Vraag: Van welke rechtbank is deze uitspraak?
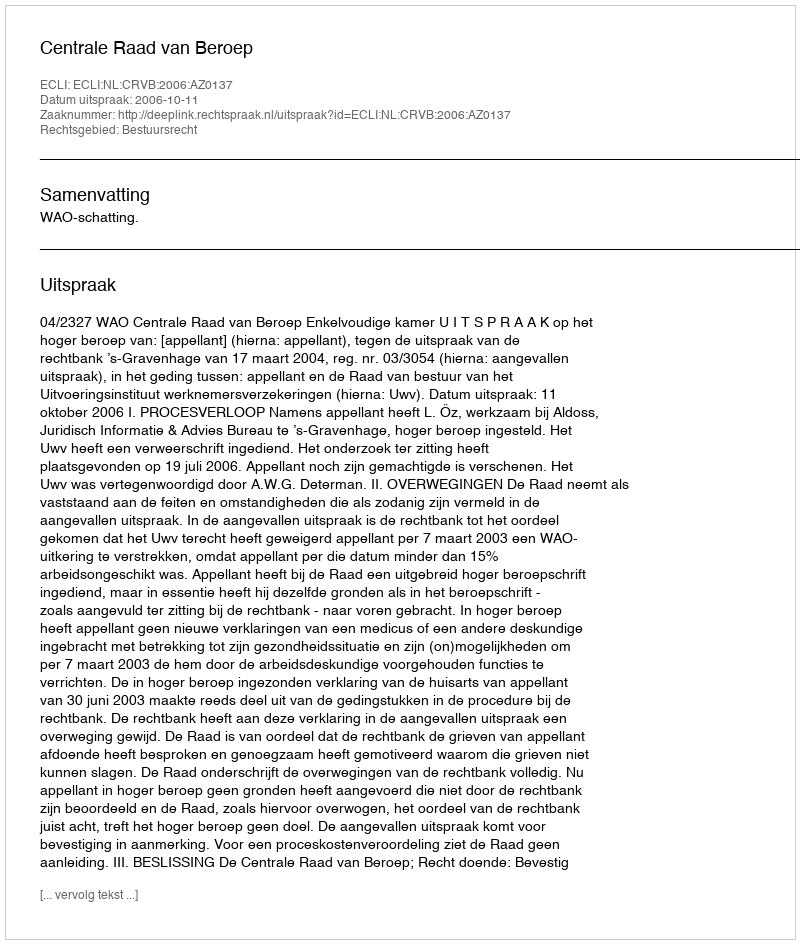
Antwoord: Centrale Raad van Beroep